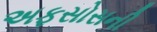
અફસોસની